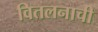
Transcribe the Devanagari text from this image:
वितलनाची